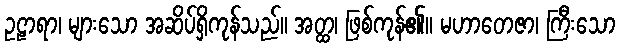
ဥဠာရာ၊ များသော အဆိပ်ရှိကုန်သည်။ အတ္ထ၊ ဖြစ်ကုန်၏။ မဟာတေဇာ၊ ကြီးသော